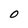
Character: O